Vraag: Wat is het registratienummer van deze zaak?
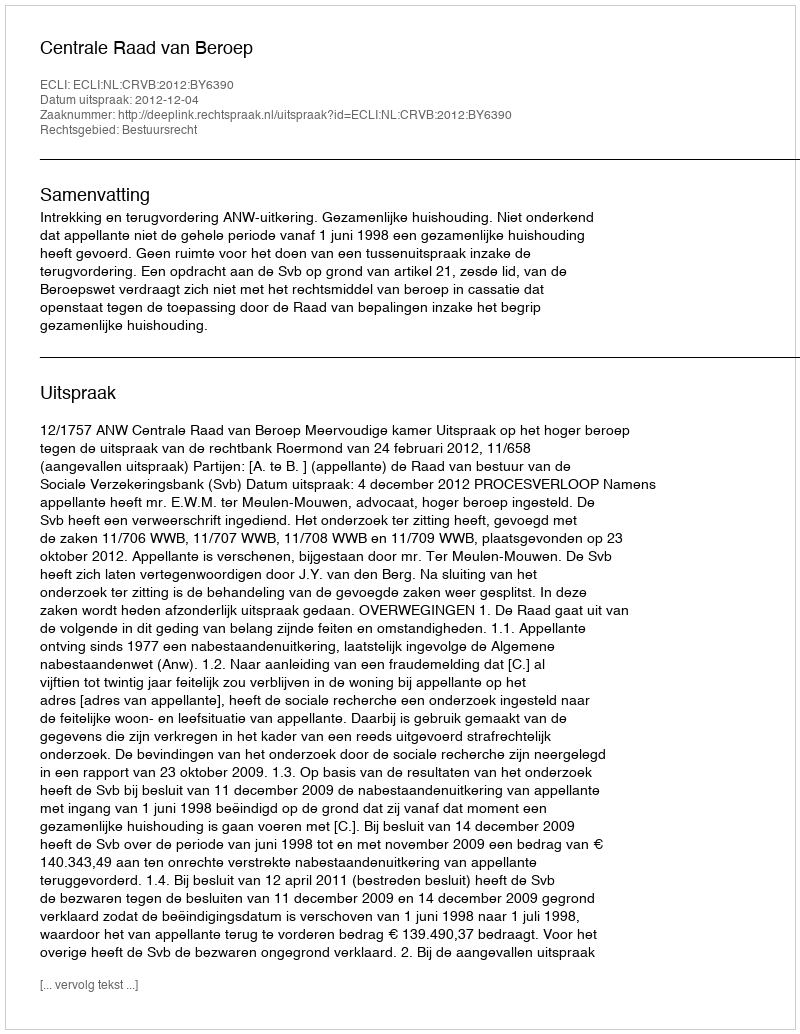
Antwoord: http://deeplink.rechtspraak.nl/uitspraak?id=ECLI:NL:CRVB:2012:BY6390